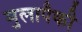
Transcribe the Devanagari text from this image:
मुलापैकी